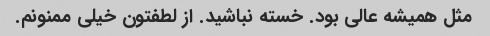
مثل همیشه عالی بود. خسته نباشید. از لطفتون خیلی ممنونم.